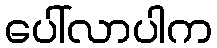
ပေါ်လာပါက